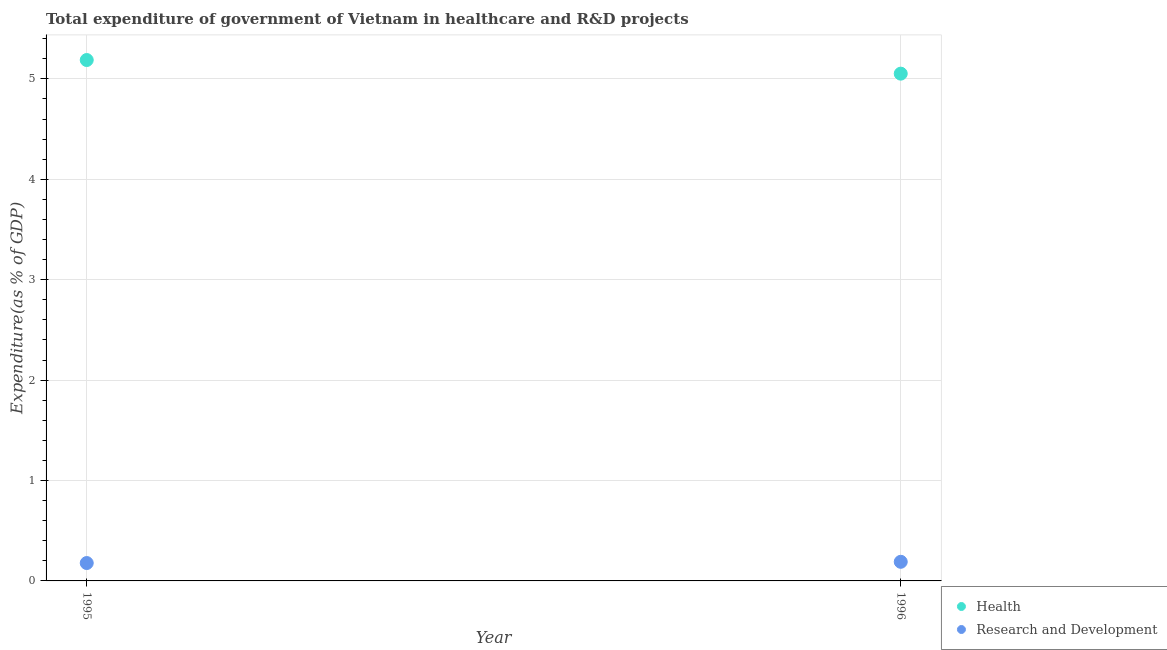
| Year | Health | Research and Development |
 | --- | --- | --- |
 | 1995 | 5.19 | 0.178 |
 | 1996 | 5.05 | 0.19 |